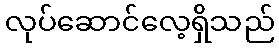
လုပ်ဆောင်လေ့ရှိသည်